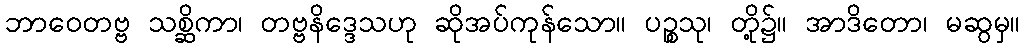
ဘာဝေတဗ္ဗ သစ္ဆိကာ၊ တဗ္ဗနိဒ္ဒေသဟု ဆိုအပ်ကုန်သော။ ပဉ္စသု၊ တို့၌။ အာဒိတော၊ မဆွမှ။